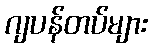
ဂျပန်တပ်များ